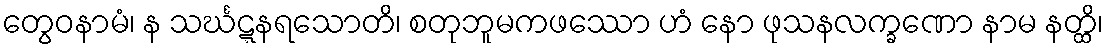
တွေဝနာမံ၊ န သင်္ဃဋ္ဋနရသောတိ၊ စတုဘူမကဖဿော ဟံ နော ဖုသနလက္ခဏော နာမ နတ္ထိ၊